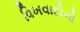
વિખવાદોનો